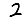
Digit: 2